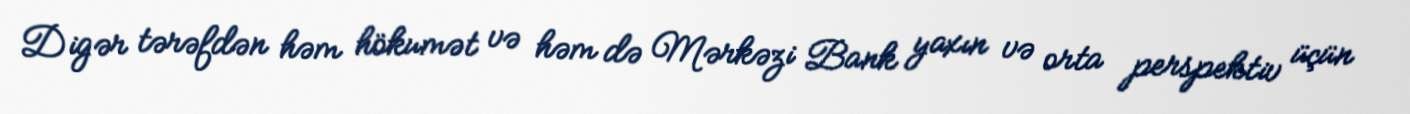
Digər tərəfdən həm hökumət və həm də Mərkəzi Bank yaxın və orta perspektiv üçün